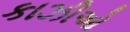
કાઝીઓ